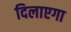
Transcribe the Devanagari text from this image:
दिलाएगा